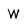
Character: W